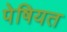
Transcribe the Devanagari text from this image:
पेषियत